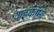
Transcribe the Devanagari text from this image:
वाइकॉम्ब